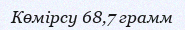
Көмірсу 68,7 грамм